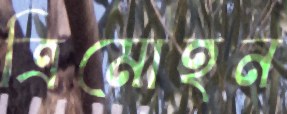
ত্রিমোহন